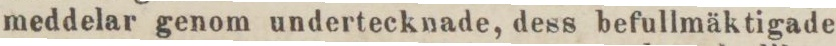
meddelar genom undertecknade, dess befullmäktigade